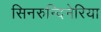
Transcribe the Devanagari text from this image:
सिनरुन्दिनेरिया